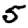
Digit: 5